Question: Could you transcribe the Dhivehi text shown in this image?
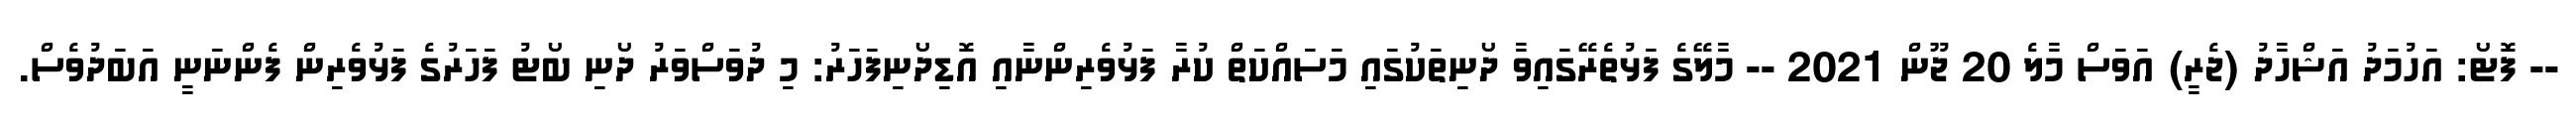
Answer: -- ފޮޓޯ: އަހުމަދު އަޝްހާދު (ޖެރީ) އަވަސް މާލެ 20 ޖޫން 2021 -- މާލޭގެ ފަޅުތެރޭގައިވާ ދޯނިތަކުގައި މަސައްކަތް ކުރާ ފަޅުވެރިންނާއި އޮޑިދޯނިފަހަރު: މި ދުވަސްވަރު ދޯނި ބޯޓު ފަހަރުގެ ފަޅުވެރިން ފެންނަނީ އަބަދުވެސް.